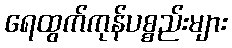
ရေထွက်ကုန်ပစ္စည်းများ